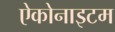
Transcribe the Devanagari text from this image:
ऐकोनाइटम